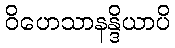
ဝိဟေသာနန္ဒိယာပိ